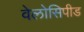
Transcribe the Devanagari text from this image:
वेलोसिपीड